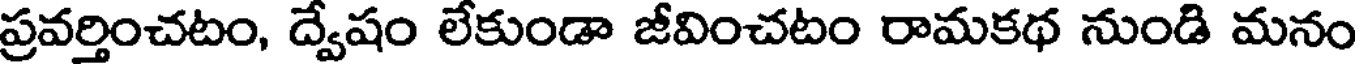
ప్రవర్తించటం, ద్వేషం లేకుండా జీవించటం రామకథ నుండి మనం